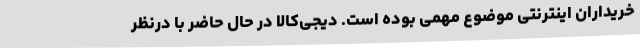
خریداران اینترنتی موضوع مهمی بوده است. دیجی‌کالا در حال حاضر با درنظر